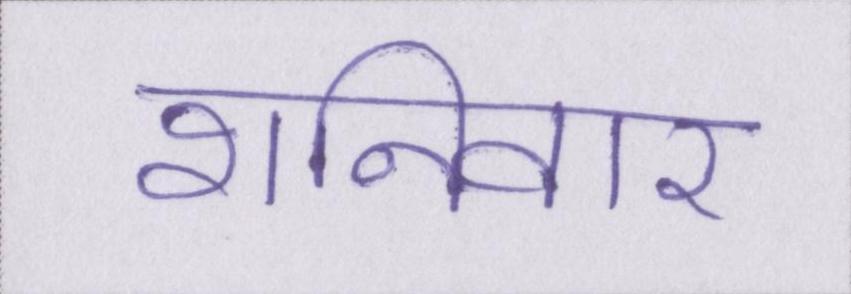
शनिवार